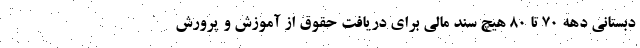
دبستانی دهه ۷۰ تا ۸۰ هیچ سند مالی برای دریافت حقوق از آموزش و پرورش